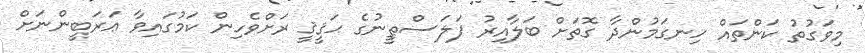
މިވަގުތު ކަންތައް ހިނގަމުންދާ ގޮތަށް ބަލާއިރު ފަލަސްޠީނުގެ ޙަޤީޤީ ރަށްވެހިން ކަމުގައިވާ ޢަރަބީންނަށް